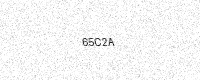
Text: 65C2A